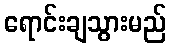
ရောင်းချသွားမည်